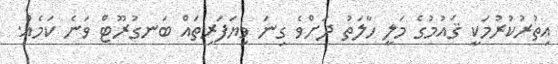
އިތުރުކުރުމަކީ ޤައުމުގެ މަލީ ހާލަތު ދަަށްވެ ގިނަ ވިޔަފަރިތައް ބަނގުރޫޓް ވަނެ ކަމެއް.